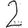
Digit: 2